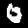
Label: 0